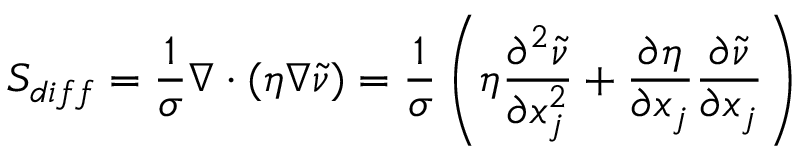
S _ { d i f f } = \frac { 1 } { \sigma } \nabla \cdot ( \eta \nabla \tilde { \nu } ) = \frac { 1 } { \sigma } \left( \eta \frac { \partial ^ { 2 } \tilde { \nu } } { \partial x _ { j } ^ { 2 } } + \frac { \partial \eta } { \partial x _ { j } } \frac { \partial \tilde { \nu } } { \partial x _ { j } } \right)